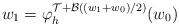
\begin{align*} w_1 = \varphi_h^{\mathcal{T} + \mathcal{B}((w_1+w_0)/2)}(w_0)\end{align*}